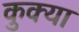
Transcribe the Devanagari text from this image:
कुक्या